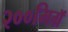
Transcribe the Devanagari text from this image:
२००मिग्रॅ